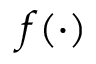
f ( \cdot )